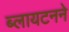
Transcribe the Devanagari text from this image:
ब्लायटनने